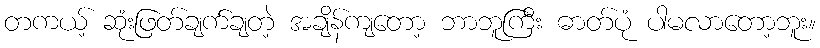
တကယ့် ဆုံးဖြတ်ချက်ချတဲ့ အချိန်ကျတော့ ဘာဘူကြီး ဓာတ်ပုံ ပါမလာတော့ဘူး။